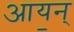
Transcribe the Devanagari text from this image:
आय॒न्